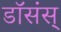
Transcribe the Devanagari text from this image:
डॉसंस्